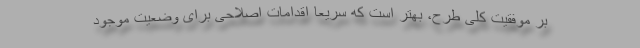
بر موفقیت کلی طرح، بهتر است که سریعاً اقدامات اصلاحی برای وضعیت موجود